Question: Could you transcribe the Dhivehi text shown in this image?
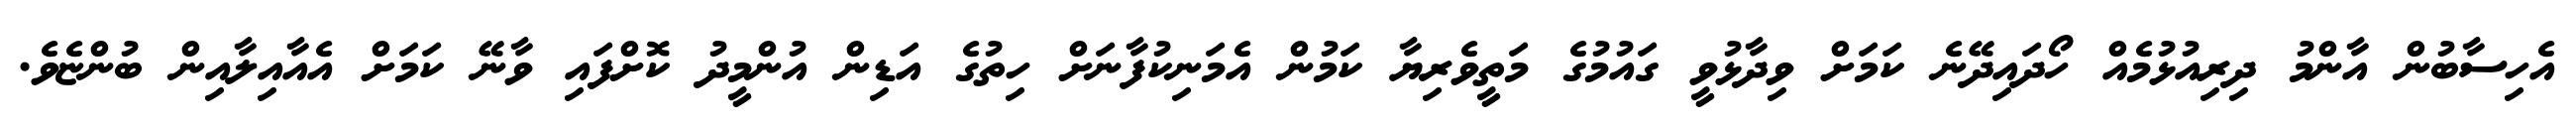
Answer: އެހިސާބުން އާންމު ދިރިއުޅުމެއް ހޯދައިދޭނެ ކަމަށް ވިދާޅުވީ ގައުމުގެ މަތީވެރިޔާ ކަމުން އެމަނިކުފާނަށް ހިތުގެ އަޑިން އުންމީދު ކޮށްފައި ވާނޭ ކަމަށް އެއާއިލާއިން ބުންޏެވެ.